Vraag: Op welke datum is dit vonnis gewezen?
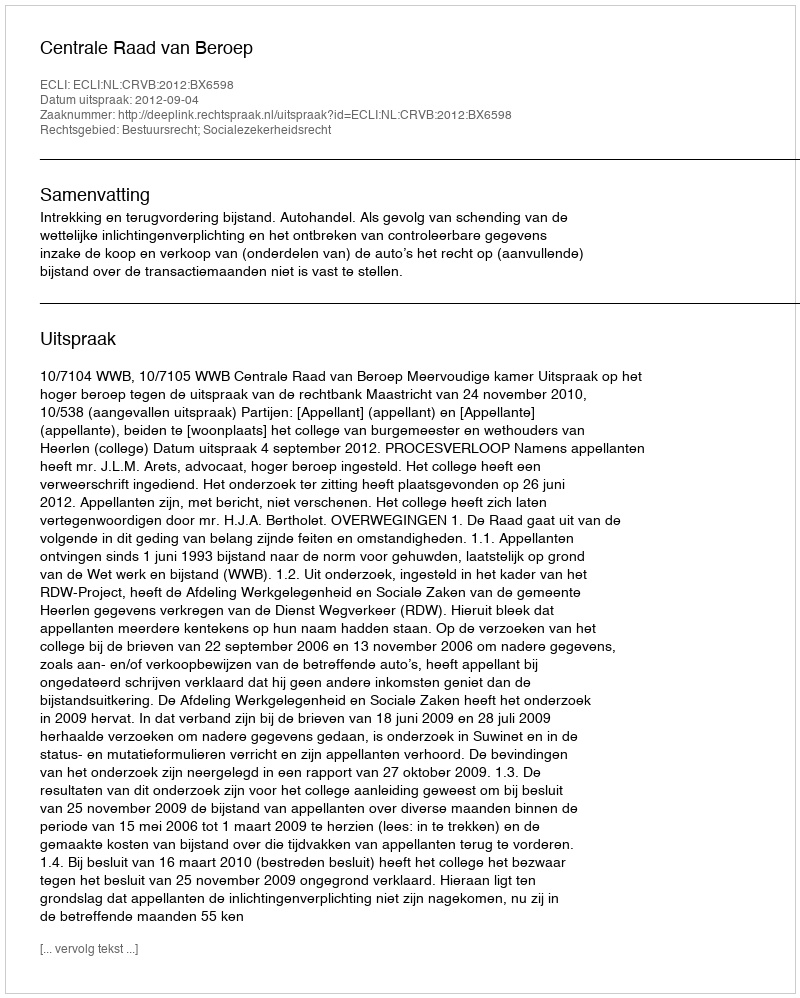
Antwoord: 2012-09-04